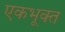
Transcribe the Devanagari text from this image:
एकभूक्त